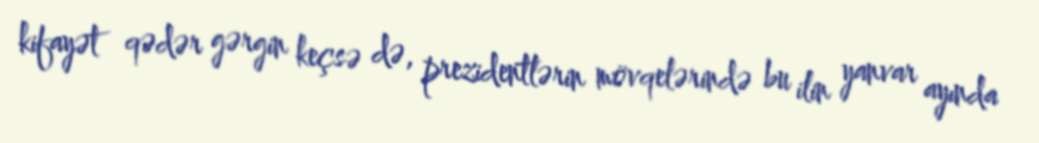
kifayət qədər gərgin keçsə də, prezidentlərin mövqelərində bu ilin yanvar ayında